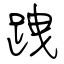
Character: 跩